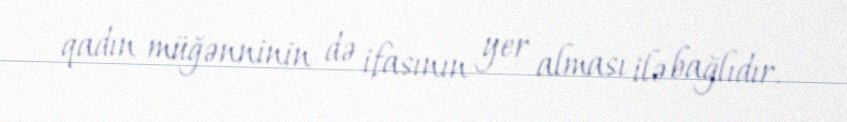
qadın müğənninin də ifasının yer alması ilə bağlıdır.